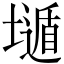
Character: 𱘇